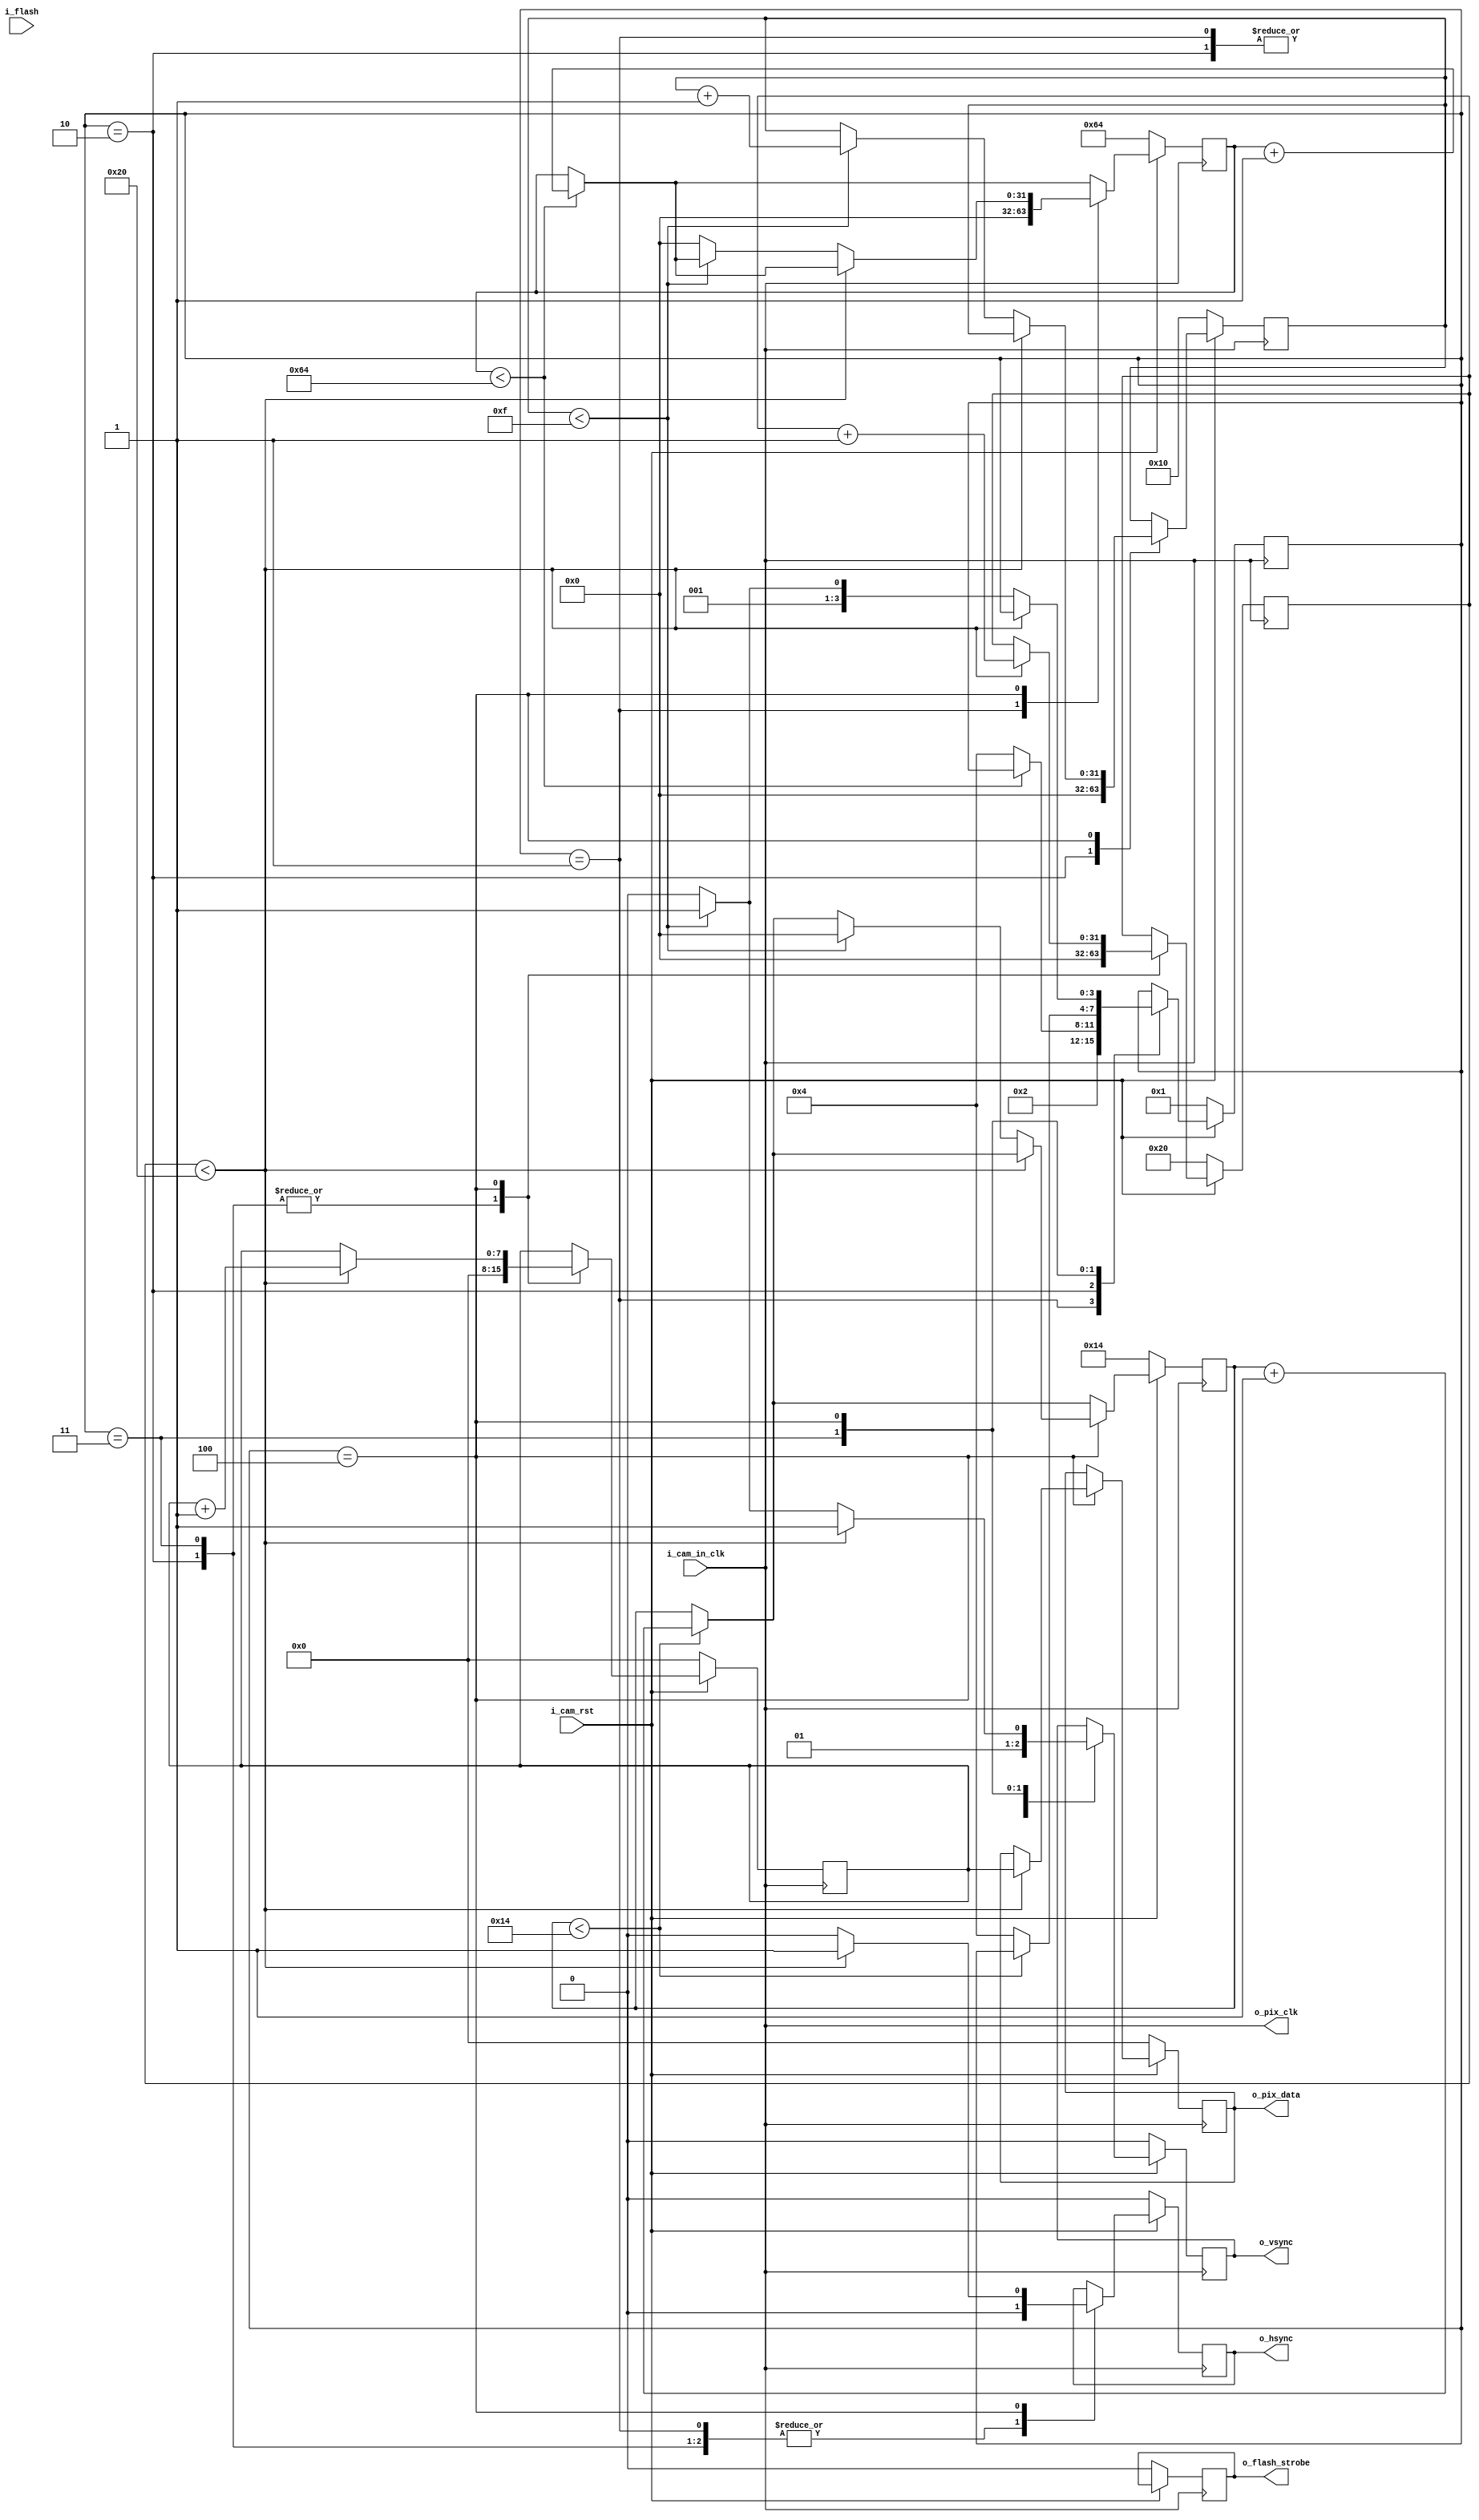
module sim_camera (
input               i_cam_in_clk,
input               i_cam_rst,

input               i_flash,

output              o_pix_clk,
output  reg         o_flash_strobe = 0,
output  reg         o_vsync = 0,
output  reg         o_hsync = 0,
output  reg [7:0]   o_pix_data = 0

);

//Local Parameters
localparam          START           = 4'h0;
localparam          INIT            = 4'h1;
localparam          VBLANK          = 4'h2;
localparam          HBLANK          = 4'h3;
localparam          WRITE_ROW       = 4'h4;

localparam          VBLANK_COUNT    = 100;
localparam          HBLANK_COUNT    = 20;

localparam          ROW_COUNT       = 32'h10;
localparam          BYTE_COUNT      = 32'h20;

//Registers/Wires
reg         [31:0]  r_vblank_count  = 0;
reg         [31:0]  r_hblank_count  = 0;

reg         [31:0]  r_byte_count    = 0;
reg         [31:0]  r_row_count     = 0;

reg         [31:0]  r_byte_index    = 0;

reg         [3:0]   state           = START;

wire                w_vblank;
wire                w_hblank;

reg         [7:0]   r_data          = 8'h00;

//Submodules
//Asynchronous Logic
assign  o_pix_clk       = i_cam_in_clk;
assign  w_vblank        = (r_vblank_count < VBLANK_COUNT);
assign  w_hblank        = (r_hblank_count < HBLANK_COUNT);

//Synchronous Logic
always @ (posedge i_cam_in_clk) begin
  if (!i_cam_rst) begin
    o_flash_strobe      <=  0;
    o_vsync             <=  0;
    o_hsync             <=  0;
    o_pix_data          <=  0;

    r_vblank_count      <=  VBLANK_COUNT;
    r_hblank_count      <=  HBLANK_COUNT;

    r_row_count         <=  ROW_COUNT;
    r_byte_count        <=  BYTE_COUNT;

    state               <=  INIT;

    r_data              <=  0;

  end
  else begin
    if (r_vblank_count < VBLANK_COUNT) begin
      r_vblank_count    <=  r_vblank_count + 1;
    end
    if (r_hblank_count < HBLANK_COUNT) begin
      r_hblank_count    <=  r_hblank_count + 1;
    end

    case (state)
      START: begin
      end
      INIT: begin
        o_vsync         <=  0;
        o_hsync         <=  0;

        r_vblank_count  <=  0;
        state           <= VBLANK;
      end
      VBLANK: begin
        o_vsync         <=  0;
        o_hsync         <=  0;
        r_data          <=  0;
        r_byte_count    <=  0;
        r_row_count     <=  0;
        if (!w_vblank) begin
          state         <=  WRITE_ROW;
        end
      end
      HBLANK: begin
        o_vsync         <=  1;
        o_hsync         <=  0;

        r_data          <=  0;
        r_byte_count    <=  0;
        if (!w_hblank) begin
          state         <=  WRITE_ROW;
        end
      end
      WRITE_ROW: begin
        o_vsync         <=  1;
        o_hsync         <=  1;

        if (r_byte_count < BYTE_COUNT) begin
          //Send a byte
          o_pix_data    <=  r_data;
          r_data        <=  r_data + 1;
          r_byte_count  <=  r_byte_count + 1;
        end
        else begin
          //Still more rows to write
          if (r_row_count < ROW_COUNT - 1) begin
            r_hblank_count  <=  0;
            o_hsync         <=  0;
            state           <=  HBLANK;
            r_row_count     <=  r_row_count + 1;
          end
          else begin
            r_vblank_count  <=  0;
            o_vsync         <=  0;
            o_hsync         <=  0;
            state           <=  VBLANK;
          end
        end
      end
    endcase
  end
end

endmodule